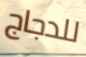
للدجاج